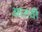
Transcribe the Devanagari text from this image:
आतवी